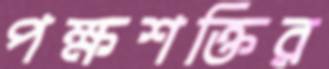
পক্ষশক্তির